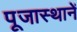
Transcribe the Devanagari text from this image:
पूजास्थानें